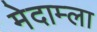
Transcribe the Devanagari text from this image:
मेदाम्ला